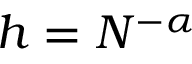
h = N ^ { - \alpha }